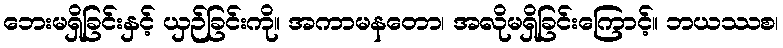
ဘေးမရှိခြင်းနှင့် ယှဉ်ခြင်းကို။ အကာမနတော၊ အလိုမရှိခြင်းကြောင့်။ ဘယဿစ၊